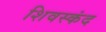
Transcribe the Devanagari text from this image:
शिवस्कंद